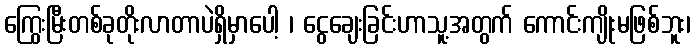
ကြွေးမြီးတစ်ခုတိုးလာတာပဲရှိမှာပေါ့ ၊ ငွေချေးခြင်းဟာသူ့အတွက် ကောင်းကျိုးမဖြစ်ဘူး၊